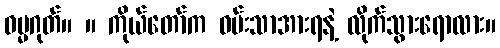
ဓမ္မဂုတ်။ ။ ကိုယ်တော်က ဝမ်းသာအားရနဲ့ လိုက်သွားရောလား။